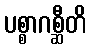
ပစ္စာဂစ္ဆီတိ